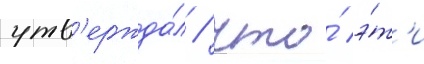
утв'ержда́л / что́ э́т'и